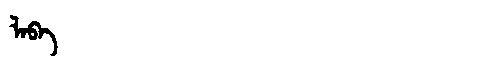
Manchu: ᠯᠠᠪᠠ
Romanization: LABA